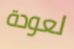
لعودة